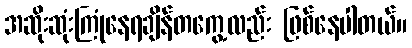
အဆိုးဆုံးကြုံနေရချိန်တကွေ့လည်း ဖြစ်နေပါတယ်။